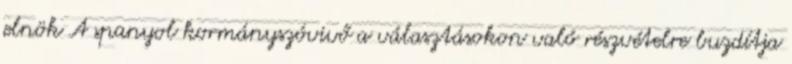
elnök A spanyol kormányszóvivő a választásokon való részvételre buzdítja